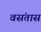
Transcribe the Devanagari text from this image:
वसंतास